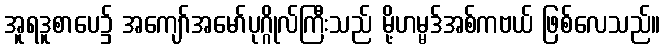
အူရဒူစာပေ၌ အကျော်အမော်ပုဂ္ဂိုလ်ကြီးသည် မို့ဟမ္မဒ်အစ်ကဗယ် ဖြစ်လေသည်။